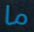
ما